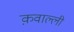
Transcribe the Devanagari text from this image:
क़वाल्ली